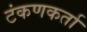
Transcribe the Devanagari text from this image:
टंकणकर्ता